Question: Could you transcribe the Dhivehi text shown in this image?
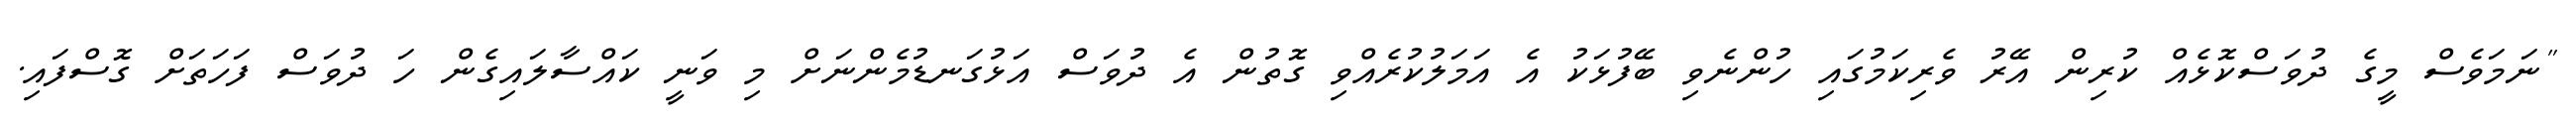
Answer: "ނަމަވެސް މީގެ ދުވަސްކޮޅެއް ކުރިން އޭރު ވެރިކަމުގައި ހުންނެވި ބޭފުޅަކު އެ އަމަލުކުރެއްވި ގޮތުން އެ ދުވަސް އަޅުގަނޑުމެންނަށް މި ވަނީ ކައްސާލައިގެން ހަ ދުވަސް ފަހަތަށް ގޮސްފައި.